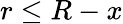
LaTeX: r\leq R-x